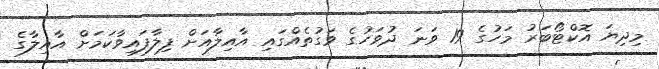
މިދިޔަ އޮކްޓޯބަރު މަހުގެ 19 ވަނަ ދުވަހުގެ ވަގުތެއްގައި އާއިލާއަށް ފިލާފައިވާކަމަށް އާއިލާގެ